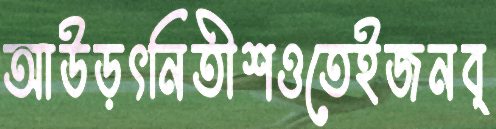
আউড়ৎনিতীশওতেইজনব্